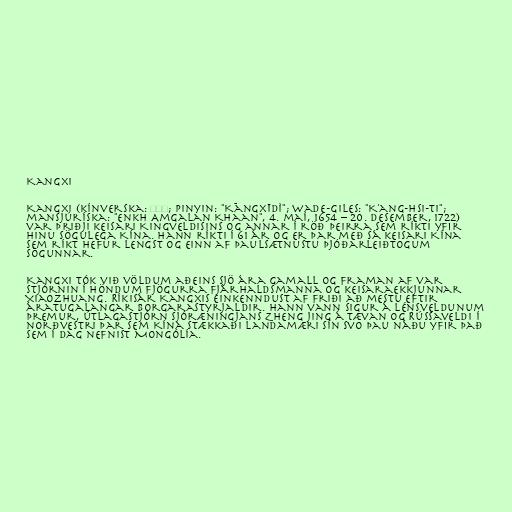
Kangxi

Kangxi (kínverska: 康熙帝; pinyin: "Kāngxīdì"; Wade-Giles: "K'ang-hsi-ti";
mansjúríska: "Enkh Amgalan Khaan", 4. maí, 1654 – 20. desember, 1722)
var þriðji keisari Kingveldisins og annar í röð þeirra sem ríkti yfir
hinu sögulega Kína. Hann ríkti í 61 ár og er þar með sá keisari Kína
sem ríkt hefur lengst og einn af þaulsætnustu þjóðarleiðtogum
sögunnar.

Kangxi tók við völdum aðeins sjö ára gamall og framan af var
stjórnin í höndum fjögurra fjárhaldsmanna og keisaraekkjunnar
Xiaozhuang. Ríkisár Kangxis einkenndust af friði að mestu eftir
áratugalangar borgarastyrjaldir. Hann vann sigur á Lénsveldunum
þremur, útlagastjórn sjóræningjans Zheng Jing á Tævan og Rússaveldi í
norðvestri þar sem Kína stækkaði landamæri sín svo þau náðu yfir það
sem í dag nefnist Mongólía.